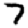
Digit: 7